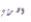
اشربي